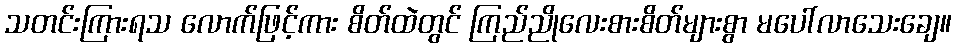
သတင်းကြားရသ လောက်ဖြင့်ကား စိတ်ထဲတွင် ကြည်ညိုလေးစားစိတ်များစွာ မပေါ်လာသေးချေ။